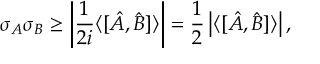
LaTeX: \sigma _ { A } \sigma _ { B } \geq \left| { \frac { 1 } { 2 i } } \langle [ { \hat { A } } , { \hat { B } } ] \rangle \right| = { \frac { 1 } { 2 } } \left| \langle [ { \hat { A } } , { \hat { B } } ] \rangle \right| ,